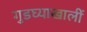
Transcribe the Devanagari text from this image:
गुडघ्याखालीं